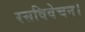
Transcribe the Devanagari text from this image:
रसविवेचन।